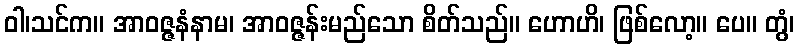
ဝါ၊သင်က။ အာဝဇ္ဇနံနာမ၊ အာဝဇ္ဇန်းမည်သော စိတ်သည်။ ဟောဟိ၊ ဖြစ်လော့။ ပေ။ တွံ၊